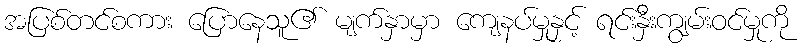
အပြစ်တင်စကား ပြောနေသူ၏ မျက်နှာမှာ ကျေနပ်မှုနှင့် ရင်းနှီးကျွမ်းဝင်မှုကို